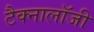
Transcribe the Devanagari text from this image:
टैक्नालॉजी